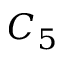
C _ { 5 }